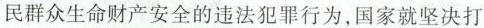
民群众生命财产安全的违法犯罪行为，国家就坚决打